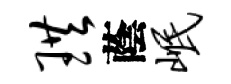
珙蔭岷